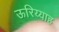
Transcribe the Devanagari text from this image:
ऊरिय्याह